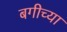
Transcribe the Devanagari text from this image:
बगीच्या